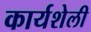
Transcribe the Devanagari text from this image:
कार्यशेली